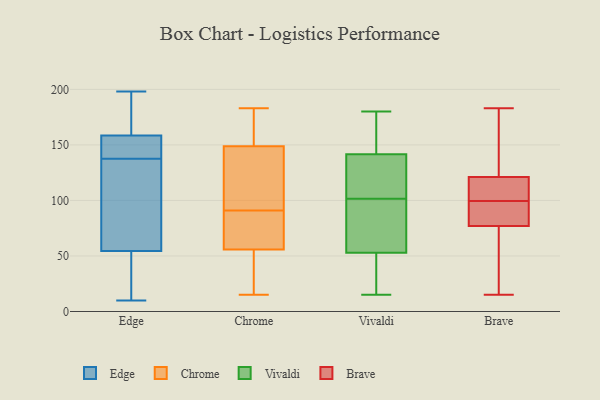
{"axis": {"x": "Page Views", "y": "Value"}, "legend": ["Brave", "Chrome", "Edge", "Vivaldi"], "data": [{"x": "", "y": 154, "type": "Edge"}, {"x": "", "y": 106, "type": "Edge"}, {"x": "", "y": 180, "type": "Edge"}, {"x": "", "y": 150, "type": "Edge"}, {"x": "", "y": 155, "type": "Edge"}, {"x": "", "y": 171, "type": "Edge"}, {"x": "", "y": 128, "type": "Edge"}, {"x": "", "y": 40, "type": "Edge"}, {"x": "", "y": 136, "type": "Edge"}, {"x": "", "y": 16, "type": "Edge"}, {"x": "", "y": 69, "type": "Edge"}, {"x": "", "y": 30, "type": "Edge"}, {"x": "", "y": 10, "type": "Edge"}, {"x": "", "y": 198, "type": "Edge"}, {"x": "", "y": 38, "type": "Edge"}, {"x": "", "y": 162, "type": "Edge"}, {"x": "", "y": 74, "type": "Edge"}, {"x": "", "y": 185, "type": "Edge"}, {"x": "", "y": 152, "type": "Edge"}, {"x": "", "y": 139, "type": "Edge"}, {"x": "", "y": 91, "type": "Chrome"}, {"x": "", "y": 156, "type": "Chrome"}, {"x": "", "y": 130, "type": "Chrome"}, {"x": "", "y": 51, "type": "Chrome"}, {"x": "", "y": 129, "type": "Chrome"}, {"x": "", "y": 70, "type": "Chrome"}, {"x": "", "y": 15, "type": "Chrome"}, {"x": "", "y": 183, "type": "Chrome"}, {"x": "", "y": 155, "type": "Chrome"}, {"x": "", "y": 78, "type": "Chrome"}, {"x": "", "y": 42, "type": "Chrome"}, {"x": "", "y": 56, "type": "Vivaldi"}, {"x": "", "y": 50, "type": "Vivaldi"}, {"x": "", "y": 106, "type": "Vivaldi"}, {"x": "", "y": 81, "type": "Vivaldi"}, {"x": "", "y": 17, "type": "Vivaldi"}, {"x": "", "y": 169, "type": "Vivaldi"}, {"x": "", "y": 30, "type": "Vivaldi"}, {"x": "", "y": 50, "type": "Vivaldi"}, {"x": "", "y": 101, "type": "Vivaldi"}, {"x": "", "y": 81, "type": "Vivaldi"}, {"x": "", "y": 112, "type": "Vivaldi"}, {"x": "", "y": 174, "type": "Vivaldi"}, {"x": "", "y": 15, "type": "Vivaldi"}, {"x": "", "y": 135, "type": "Vivaldi"}, {"x": "", "y": 148, "type": "Vivaldi"}, {"x": "", "y": 102, "type": "Vivaldi"}, {"x": "", "y": 180, "type": "Vivaldi"}, {"x": "", "y": 70, "type": "Vivaldi"}, {"x": "", "y": 170, "type": "Vivaldi"}, {"x": "", "y": 106, "type": "Vivaldi"}, {"x": "", "y": 97, "type": "Brave"}, {"x": "", "y": 15, "type": "Brave"}, {"x": "", "y": 149, "type": "Brave"}, {"x": "", "y": 66, "type": "Brave"}, {"x": "", "y": 111, "type": "Brave"}, {"x": "", "y": 183, "type": "Brave"}, {"x": "", "y": 90, "type": "Brave"}, {"x": "", "y": 36, "type": "Brave"}, {"x": "", "y": 121, "type": "Brave"}, {"x": "", "y": 79, "type": "Brave"}, {"x": "", "y": 115, "type": "Brave"}, {"x": "", "y": 162, "type": "Brave"}, {"x": "", "y": 77, "type": "Brave"}, {"x": "", "y": 102, "type": "Brave"}]}